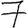
Digit: 7